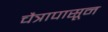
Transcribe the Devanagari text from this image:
चैत्रापासून